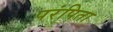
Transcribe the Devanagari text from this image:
परंपिता